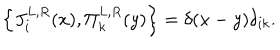
\left\{ J _ { i } ^ { L , R } ( x ) , \Pi _ { k } ^ { L , R } ( y ) \right\} = \delta ( x - y ) \delta _ { i k } .